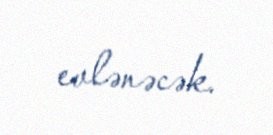
evlənəcək.